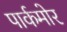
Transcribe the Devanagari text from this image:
पार्कमोर